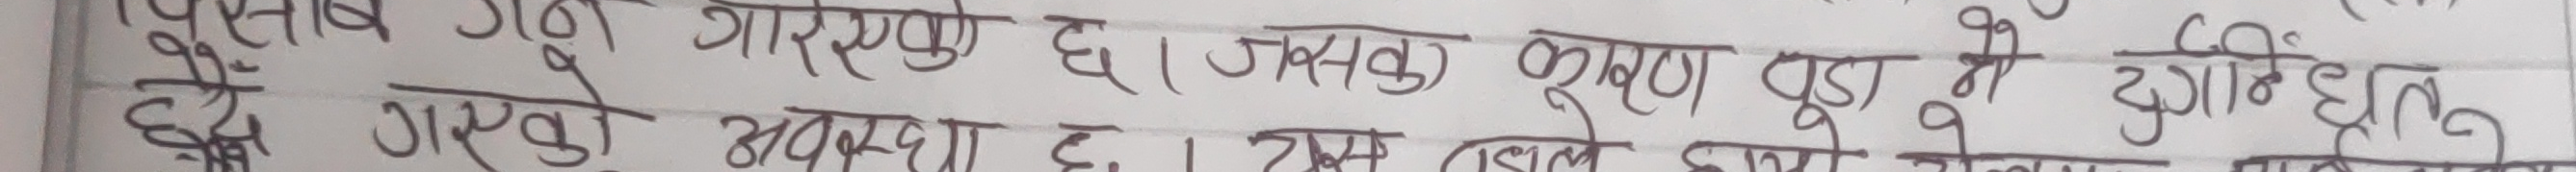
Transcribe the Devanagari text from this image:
पुस्ताब गुर्नु गारेको छ । यसको कारण पुडा झैँ गएको अवस्था छ । यसले छोरा छोरा